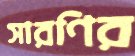
সারণির